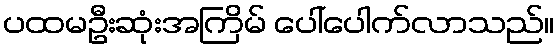
ပထမဦးဆုံးအကြိမ် ပေါ်ပေါက်လာသည်။